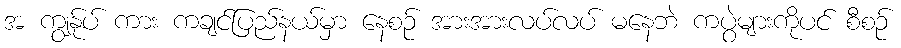
အ ကျွန်ုပ် ကား ကချင်ပြည်နယ်မှာ နေစဉ် အားအားလပ်လပ် မနေဘဲ ကပွဲများကိုပင် စီစဉ်